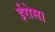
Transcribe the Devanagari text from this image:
ईरोस।